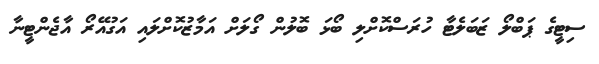
ސިޓީގެ ޕަބްލޯ ޒަބަލެޓާ ހުރަސްކޮށްލި ބޯޅަ ބޮލުން ގޯލަށް އަމާޒުކޮށްލައި އަގުއޭރޯ އާޖެންޓީނާ